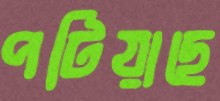
পটিয়াছে